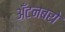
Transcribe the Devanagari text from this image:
अँटनबरो